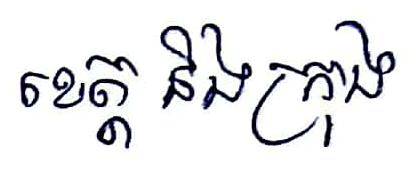
ខេត្ត និង ក្រុង